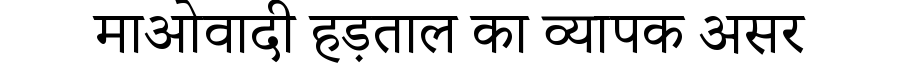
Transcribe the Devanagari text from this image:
माओवादी हड़ताल का व्यापक असर